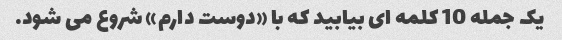
یک جمله 10 کلمه ای بیابید که با «دوست دارم» شروع می شود.